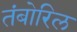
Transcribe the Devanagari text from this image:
तंबोरिल